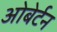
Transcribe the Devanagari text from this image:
ओबेर्टन